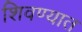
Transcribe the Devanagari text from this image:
शिवण्यात